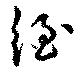
絰